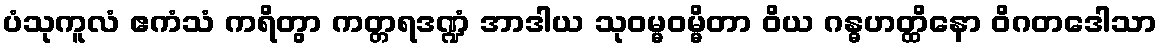
ပံသုကူလံ ဧကံသံ ကရိတွာ ကတ္တရဒဏ္ဍံ အာဒါယ သုဝမ္မဝမ္မိတာ ဝိယ ဂန္ဓဟတ္ထိနော ဝိဂတဒေါသာ